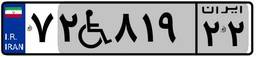
۷۲W۸۱۹۲۲